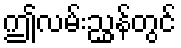
ဤလမ်းညွှန်တွင်